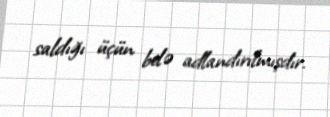
saldığı üçün belə adlandırılmışdır.